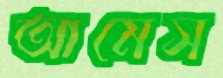
আমেস